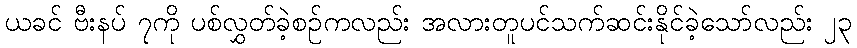
ယခင် ဗီးနပ် ၇ကို ပစ်လွှတ်ခဲ့စဉ်ကလည်း အလားတူပင်သက်ဆင်းနိုင်ခဲ့သော်လည်း ၂၃